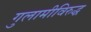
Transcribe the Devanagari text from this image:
गुलामीविरुद्ध